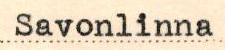
Savonlinna